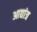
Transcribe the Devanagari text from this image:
आद्यांत्र